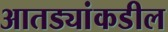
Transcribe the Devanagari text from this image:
आतड्यांकडील